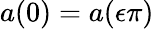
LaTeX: a(0)=a(\epsilon\pi)